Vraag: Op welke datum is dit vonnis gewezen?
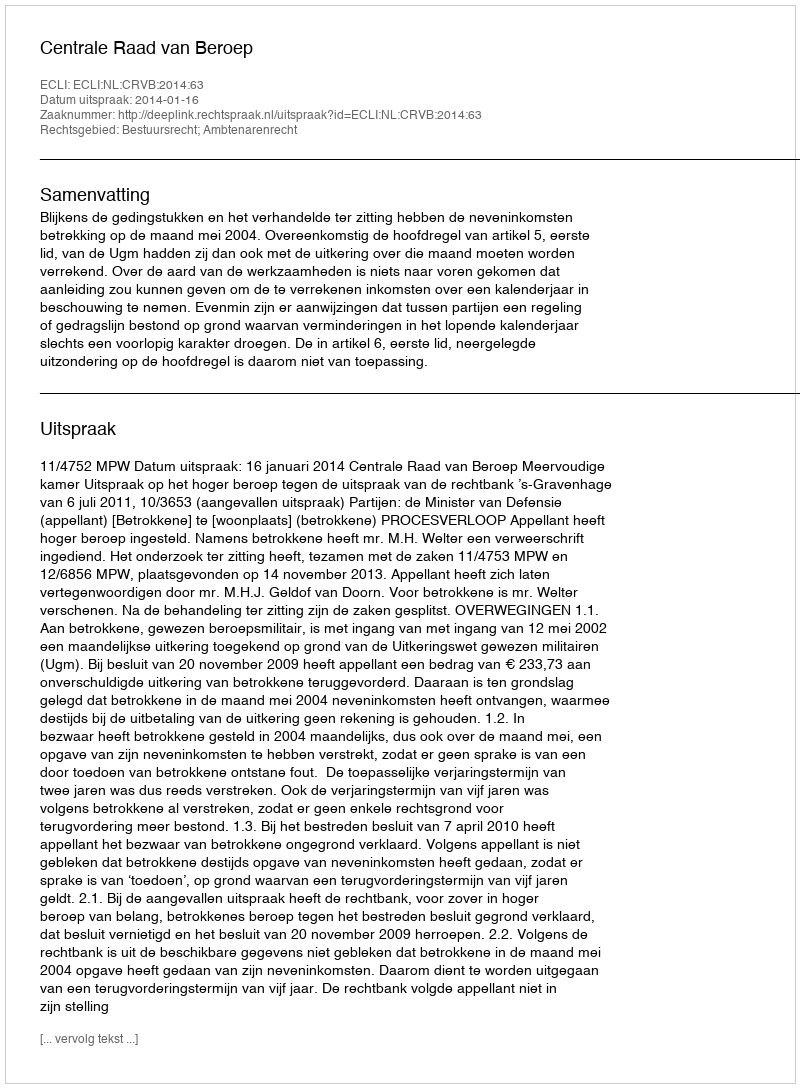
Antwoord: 2014-01-16